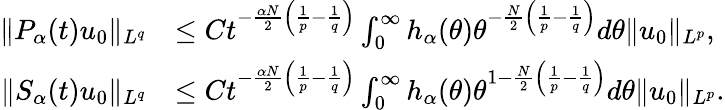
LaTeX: \begin{array}{rl}{\| P_{\alpha}(t)u_{0}\| _{L^{q}}}&{\le Ct^{-\frac{\alpha N}{2}\left(\frac{1}{p}-\frac{1}{q}\right)}\int_{0}^{\infty}h_{\alpha}(\theta)\theta^{-\frac{N}{2}\left(\frac{1}{p}-\frac{1}{q}\right)}d\theta\| u_{0}\| _{L^{p}},}\\ {\| S_{\alpha}(t)u_{0}\| _{L^{q}}}&{\le Ct^{-\frac{\alpha N}{2}\left(\frac{1}{p}-\frac{1}{q}\right)}\int_{0}^{\infty}h_{\alpha}(\theta)\theta^{1-\frac{N}{2}\left(\frac{1}{p}-\frac{1}{q}\right)}d\theta\| u_{0}\| _{L^{p}}.}\end{array}